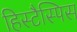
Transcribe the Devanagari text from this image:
हिस्टैस्पिस